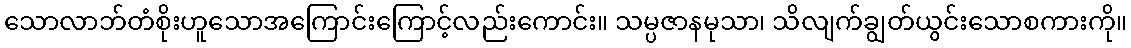
သောလာဘ်တံစိုးဟူသောအကြောင်းကြောင့်လည်းကောင်း။ သမ္ပဇာနမုသာ၊ သိလျက်ချွတ်ယွင်းသောစကားကို။